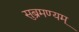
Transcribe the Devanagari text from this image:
सुब्रमण्यम्